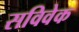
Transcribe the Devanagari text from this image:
सविवेक